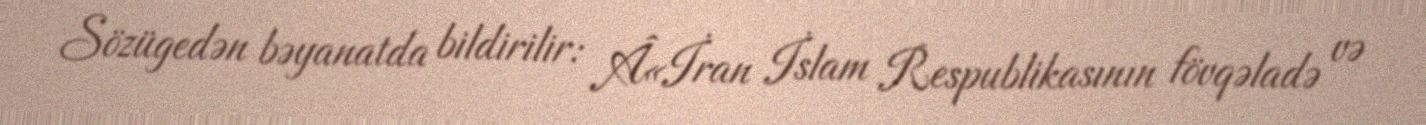
Sözügedən bəyanatda bildirilir: Â«İran İslam Respublikasının fövqəladə və